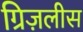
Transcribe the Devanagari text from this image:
ग्रिज़लीस